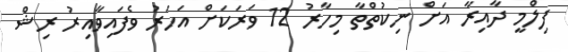
ފިލްމީ ދާއިރާ އަށް ނިކުތްތާ މިހާރު 12 ވަރަކަށް އަހަރު ވެފައިވާއިރު ރިޝް